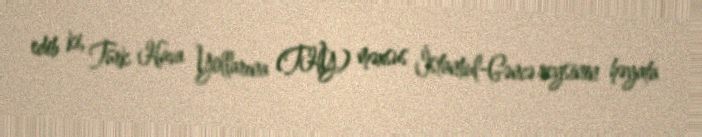
edib ki, Türk Hava Yollarına (THY) məxsus İstanbul-Gəncə reysinin həyata